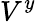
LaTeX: V^{y}